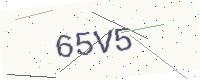
Text: 65V5